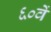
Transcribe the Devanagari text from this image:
६०वें